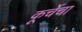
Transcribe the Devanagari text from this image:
कूर्चेचा